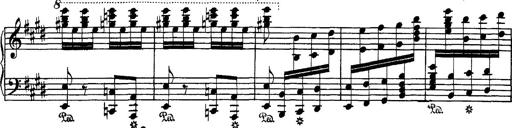
Title: Hungarian Rhapsody No.1
Composer: Franz Liszt
Key: C-sharp minor